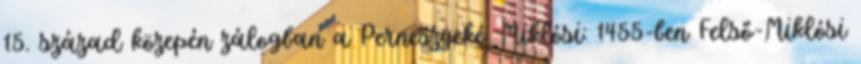
15. század közepén zálogban a Perneszyeké. Miklósi: 1455-ben Felső-Miklósi